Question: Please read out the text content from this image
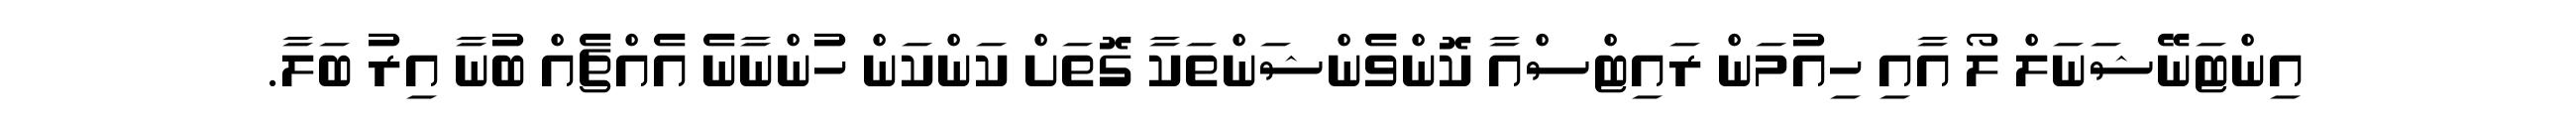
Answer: އިންޓަނޭޝަނަލް ލޯ އާއި ހިއުމަން ރައިޓްސްއާ ކޮންވެންޝަންތަކާ ގޮތަށް ކަންކަން ހުންނާނެ އެއްޗެއް ބުނާ އިރު ބަލާ.